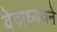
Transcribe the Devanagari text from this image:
वेदाध्ययने